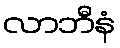
လာဘီနံ